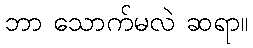
ဘာ သောက်မလဲ ဆရာ။